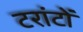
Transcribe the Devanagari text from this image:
टरांटों